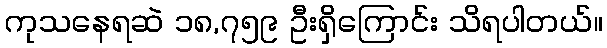
ကုသနေရဆဲ ၁၈,၇၅၉ ဦးရှိကြောင်း သိရပါတယ်။